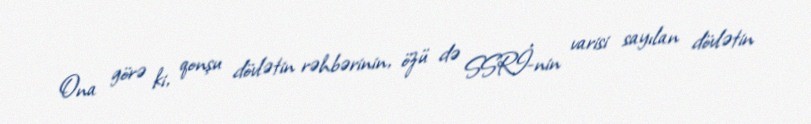
Ona görə ki, qonşu dövlətin rəhbərinin, özü də SSRİ-nin varisi sayılan dövlətin